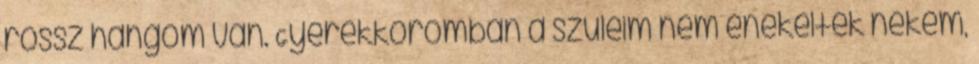
rossz hangom van. Gyerekkoromban a szüleim nem énekeltek nekem,